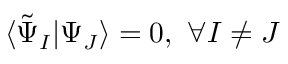
\langle \tilde { \Psi } _ { I } | \Psi _ { J } \rangle = 0 , ~ \forall I \neq J